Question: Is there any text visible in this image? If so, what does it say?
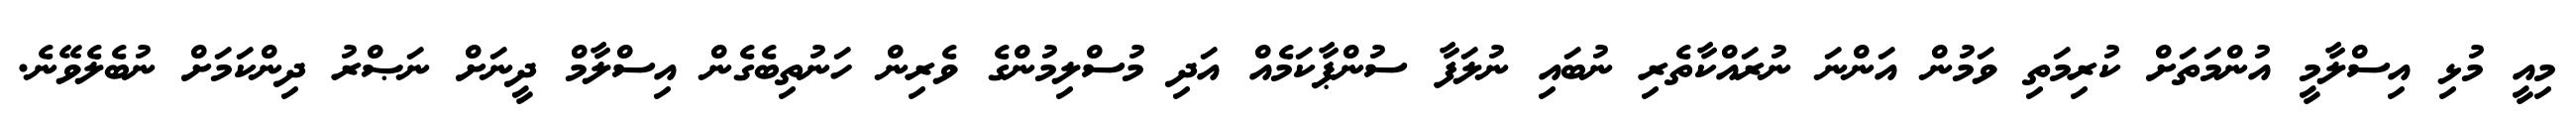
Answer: މިއީ މުޅި އިސްލާމީ އުންމަތަށް ކުރިމަތި ވަމުން އަންނަ ނުރައްކާތެރި ނުބައި ނުލަފާ ސުންޕާކަމެއް އަދި މުސްލިމުންގެ ވެރިން ހަނުތިބެގެން އިސްލާމް ދީނަށް ނަޞްރު ދިންކަމަށް ނުބެލެވޭނެ.